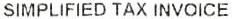
SIMPLIFIED TAX INVOICE